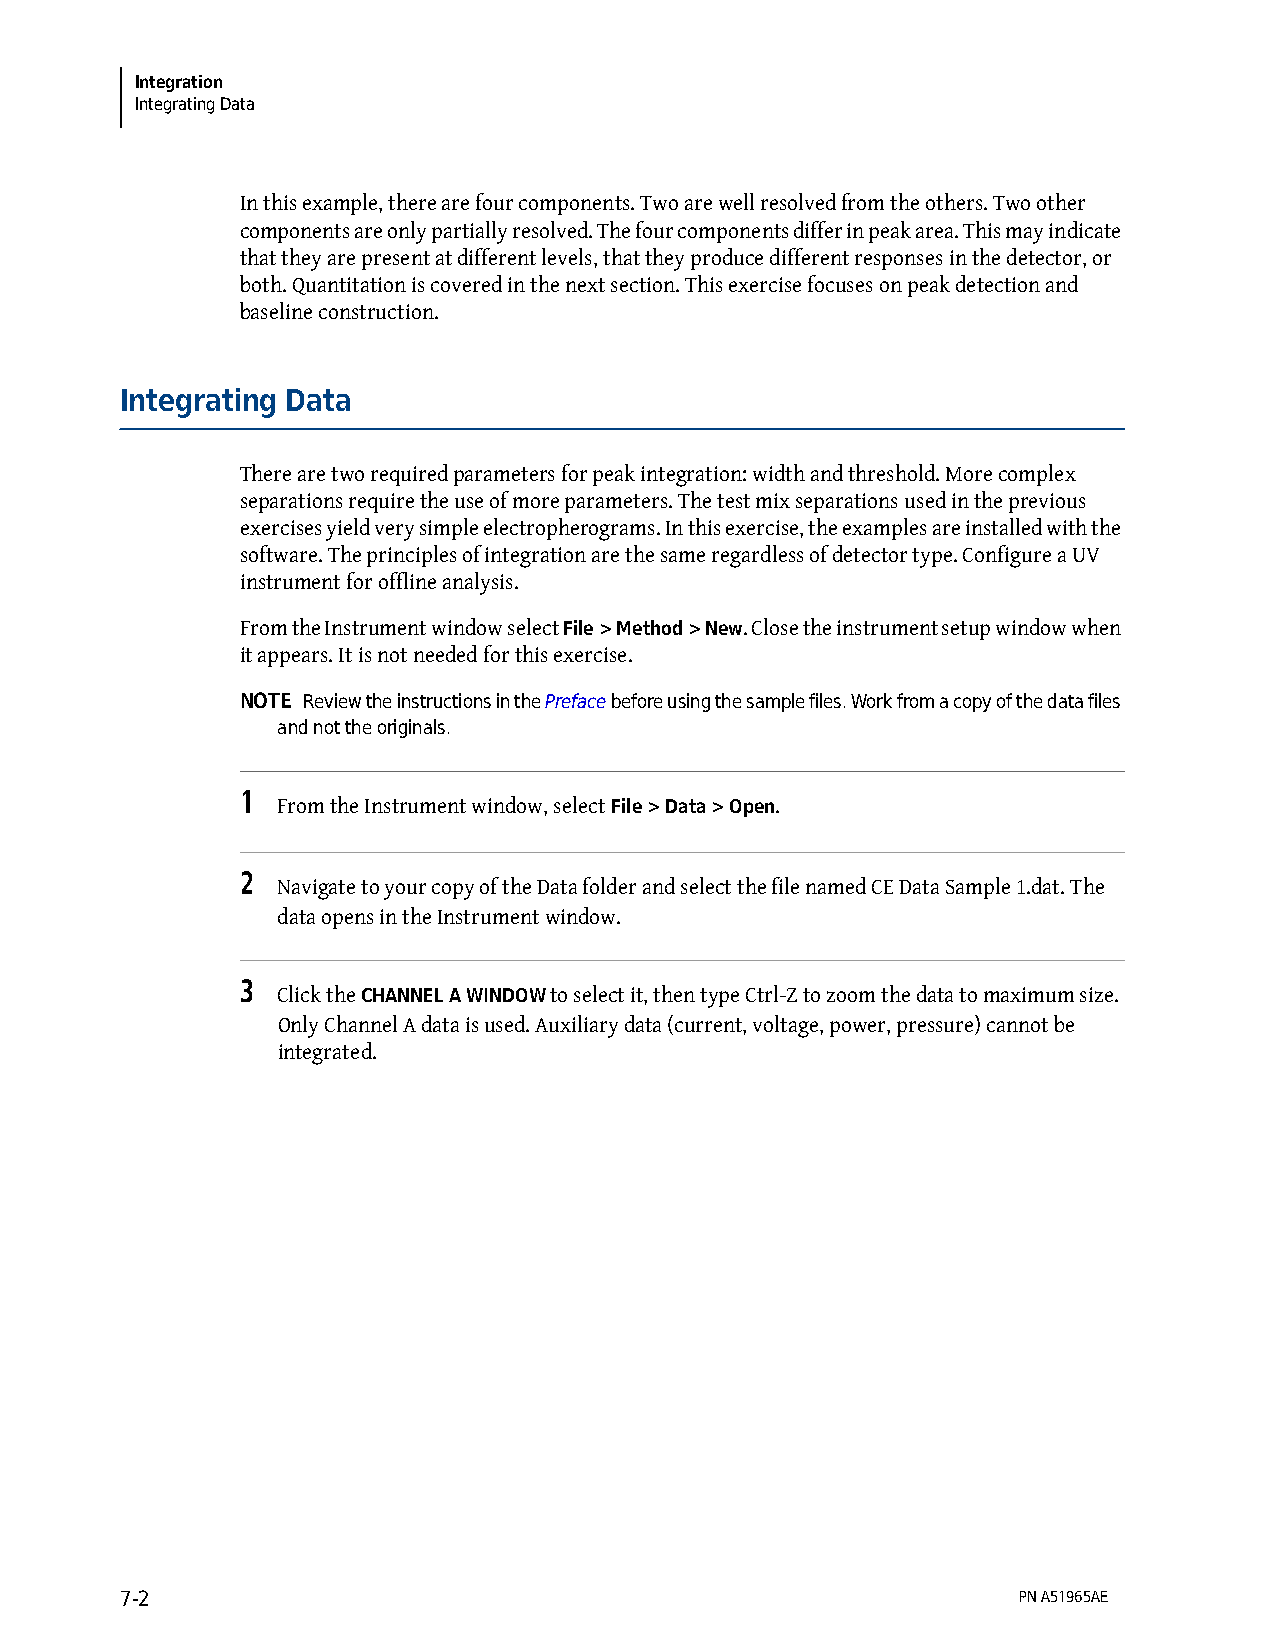
Integration
 Integrating Data
 In this example, there are four components. Two are well resolved from the others. Two other
 components are only partially resolved. The four components differ in peak area. This may indicate
 that they are present at different levels, that they produce different responses in the detector, or
 both. Quantitation is covered in the next section. This exercise focuses on peak detection and
 baseline construction.
 Integrating Data
 There are two required parameters for peak integration: width and threshold. More complex
 separations require the use of more parameters. The test mix separations used in the previous
 exercises yield very simple electropherograms. In this exercise, the examples are installed with the
 software. The principles of integration are the same regardless of detector type. Configure a UV
 instrument for offline analysis.
 From the Instrument window select File > Method > New. Close the instrument setup window when
 it appears. It is not needed for this exercise.
 NOTE Review the instructions in the Preface before using the sample files. Work from a copy of the data files
 and not the originals.
 1
 From the Instrument window, select File > Data > Open.
 2
 Navigate to your copy of the Data folder and select the file named CE Data Sample 1.dat. The
 data opens in the Instrument window.
 3
 Click the CHANNEL A WINDOW to select it, then type Ctrl-Z to zoom the data to maximum size.
 Only Channel A data is used. Auxiliary data (current, voltage, power, pressure) cannot be
 integrated.
 7-2                                                        PN A51965AE